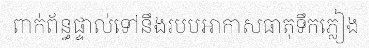
ពាក់ព័ន្ធផ្ទាល់ទៅនឹងរបបអាកាសធាតុទឹកភ្លៀង